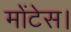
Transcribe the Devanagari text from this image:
मोंटेस।